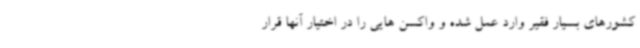
کشورهای بسیار فقیر وارد عمل شده و واکسن هایی را در اختیار آنها قرار